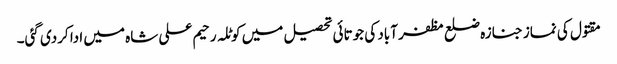
مقتول کی نماز جنازہ ضلع مظفر آباد کی جوتائی تحصیل میں کوٹلہ رحیم علی شاہ میں ادا کردی گئی۔